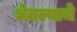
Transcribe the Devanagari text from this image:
धेतल्याचे